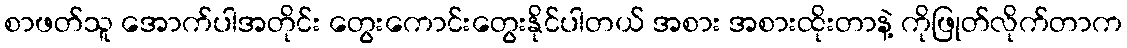
စာဖတ်သူ အောက်ပါအတိုင်း တွေးကောင်းတွေးနိုင်ပါတယ် အစား အစားထိုးတာနဲ့ ကိုဖြုတ်လိုက်တာက